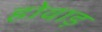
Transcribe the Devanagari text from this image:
होवाड़